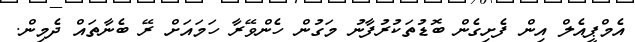
އެމްޕީއެލް އިން ފެށިގެން ބޮޑުތަކުރުފާނު މަގުން ހެންވޭރާ ހަމައަށް ރޭ ބެނާތައް ދެމިން.